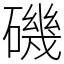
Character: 磯